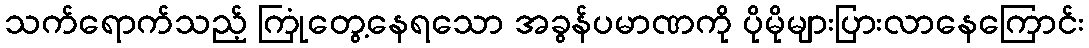
သက်ရောက်သည့် ကြုံတွေ့နေရသော အခွန်ပမာဏကို ပိုမိုများပြားလာနေကြောင်း